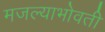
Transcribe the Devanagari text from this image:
मजल्याभोवती